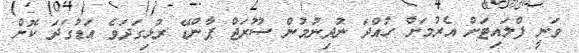
ވަނީ ފްލައިޓަށް އެރުމަށް ހުއްދަ ނުދިނުމުން ސޫރަޖް ޕާންޑޭ ރުޅިގަދަވެ އަޑުގަދަ ކޮށް